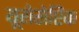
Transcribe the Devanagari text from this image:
यूरोसेप्टिक